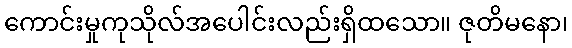
ကောင်းမှုကုသိုလ်အပေါင်းလည်းရှိထသော။ ဇုတိမနော၊